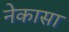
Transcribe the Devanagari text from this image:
नेकासा